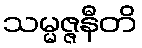
သမ္မဇ္ဇနီတိ